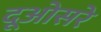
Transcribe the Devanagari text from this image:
दूओसरे